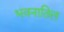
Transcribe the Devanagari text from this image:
भवनातिल